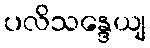
ပလိသန္ဒေယျ